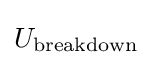
U_{\mathrm {breakdown} }